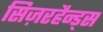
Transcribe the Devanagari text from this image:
सिज़रहैन्ड्स